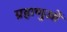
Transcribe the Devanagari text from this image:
ग्रहाणुओं